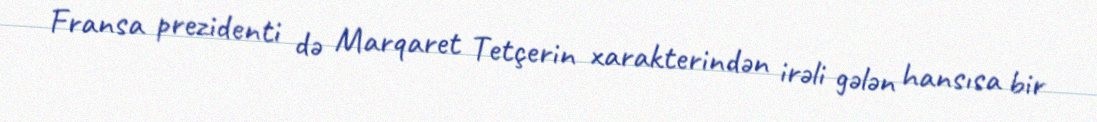
Fransa prezidenti də Marqaret Tetçerin xarakterindən irəli gələn hansısa bir